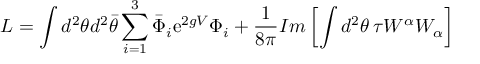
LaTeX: { \cal { L } } = \int d ^ { 2 } \theta d ^ { 2 } { \bar { \theta } } \sum _ { i = 1 } ^ { 3 } { \bar { \Phi } } _ { i } \mathrm { e } ^ { 2 g V } \Phi _ { i } + \frac { 1 } { 8 \pi } I m \left[ \int d ^ { 2 } \theta \, \tau W ^ { \alpha } W _ { \alpha } \right]